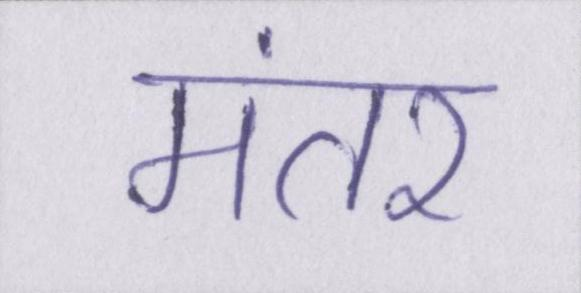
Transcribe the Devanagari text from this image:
मंतर